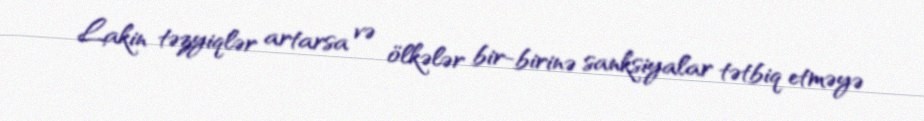
Lakin təzyiqlər artarsa və ölkələr bir-birinə sanksiyalar tətbiq etməyə